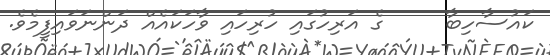
ކައުސާހިބާ     ގެ އަރިހުގައި ހުރިހައި ވާހަކައެއް ދަންނަވައިފީމެވެ.